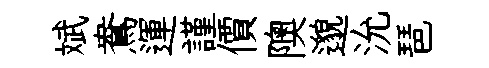
斌鴦運謹價隩邈沇琶